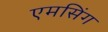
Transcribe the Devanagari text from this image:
एमसिंग